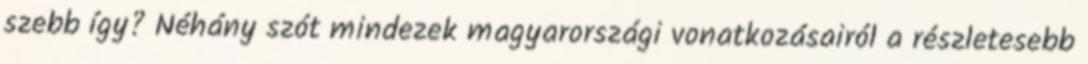
szebb így? Néhány szót mindezek magyarországi vonatkozásairól a részletesebb